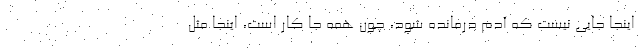
اینجا جایی نیست که آدم درمانده شود، چون همه جا کار است، اینجا مثل